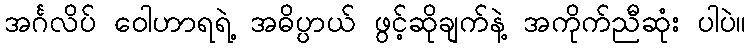
အင်္ဂလိပ် ဝေါဟာရရဲ့ အဓိပ္ပာယ် ဖွင့်ဆိုချက်နဲ့ အကိုက်ညီဆုံး ပါပဲ။